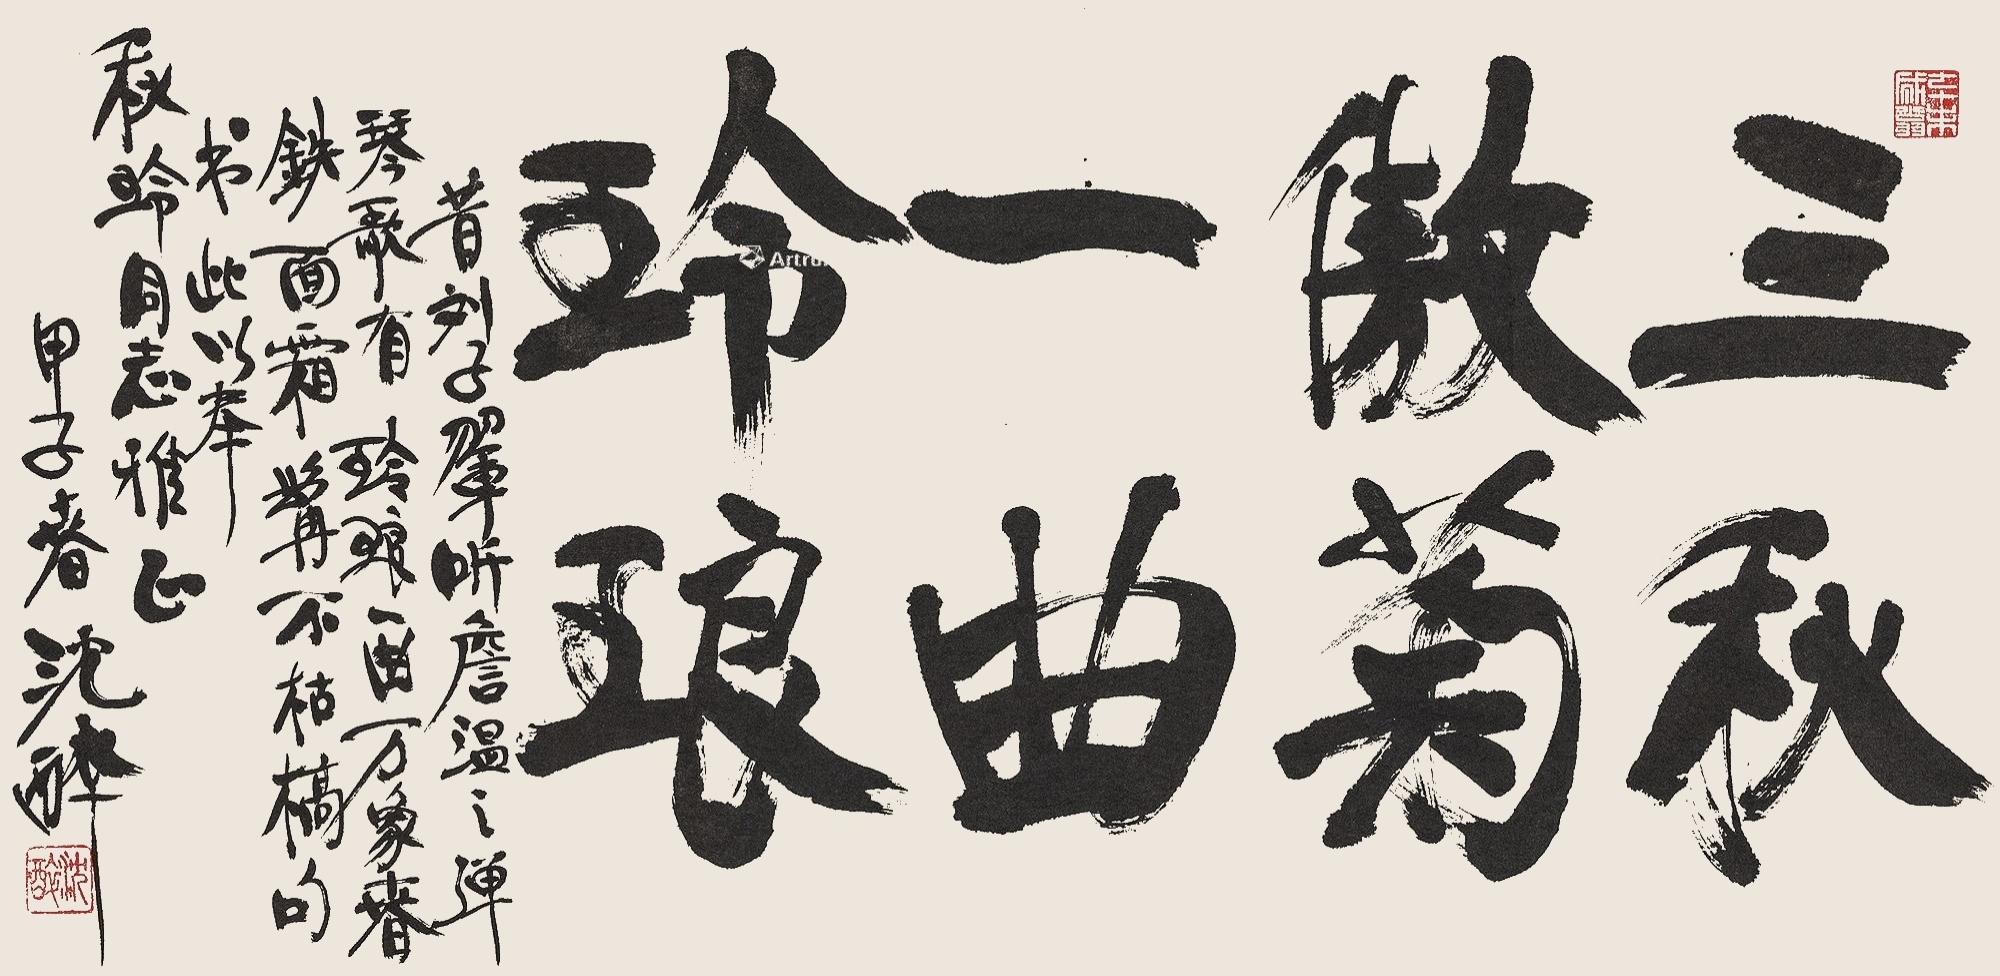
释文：三秋傲菊，一曲玲琅。昔刘子翚听詹温之弹琴歌有玲琅一曲万象春，铁雨双髯不枯槁句。诗此以奉秋玲同志雅正。甲子春，沈醉。